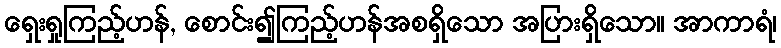
ရှေးရှုကြည့်ဟန်, စောင်း၍ကြည့်ဟန်အစရှိသော အပြားရှိသော။ အာကာရံ၊